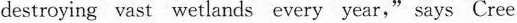
destroying vast wetlands every year," says Cree